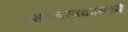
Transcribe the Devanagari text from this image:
दशसहस्त्रकांमध्ये